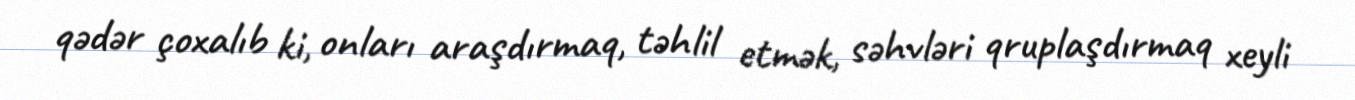
qədər çoxalıb ki, onları araşdırmaq, təhlil etmək, səhvləri qruplaşdırmaq xeyli